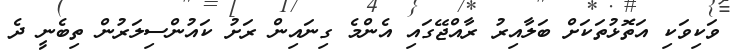
ވަކިވަކި އަތޮޅުތަކަށް ބަލާއިރު ރާއްޖޭގައި އެންމެ ގިނައިން ރަށު ކައުންސިލަރުން ތިބެނީ ދެ